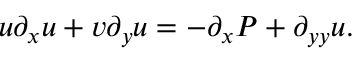
u \partial _ { x } u + v \partial _ { y } u = - \partial _ { x } P + \partial _ { y y } u .